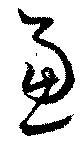
慮